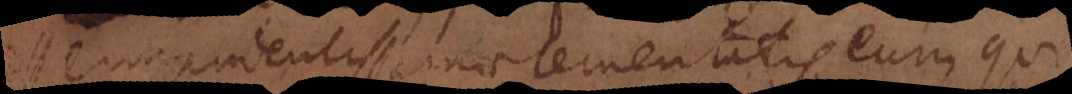
impudentissimae temeritatis eum qui